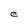
Character: e